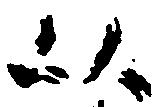
以